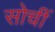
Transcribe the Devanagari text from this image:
सोचीं